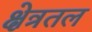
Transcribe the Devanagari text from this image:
क्षेत्रतल